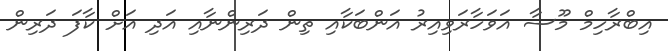
އިބްރާހިމް މޫސާ އަވަހާރަވިއިރު އަންބަކާއި ތިން ދަރިންނާއި އަދި އަށް ކާފަ ދަރިން